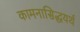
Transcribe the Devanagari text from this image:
कामनासिद्धयर्थ